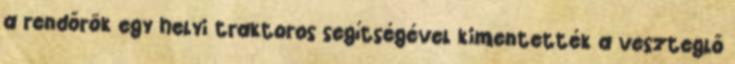
a rendőrök egy helyi traktoros segítségével kimentették a veszteglő